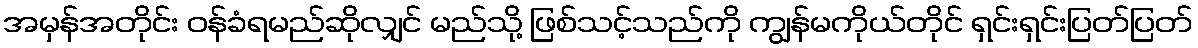
အမှန်အတိုင်း ဝန်ခံရမည်ဆိုလျှင် မည်သို့ ဖြစ်သင့်သည်ကို ကျွန်မကိုယ်တိုင် ရှင်းရှင်းပြတ်ပြတ်